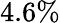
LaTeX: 4.6\%